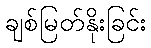
ချစ်မြတ်နိုးခြင်း